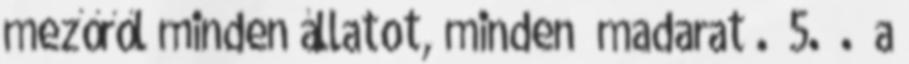
mezőről minden állatot, minden madarat . 5. . a